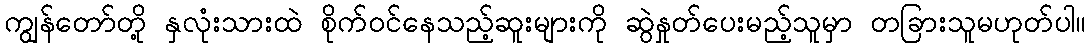
ကျွန်တော်တို့ နှလုံးသားထဲ စိုက်ဝင်နေသည့်ဆူးများကို ဆွဲနှုတ်ပေးမည့်သူမှာ တခြားသူမဟုတ်ပါ။